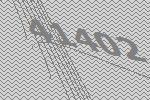
41402